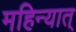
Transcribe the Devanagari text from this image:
महिन्यात्